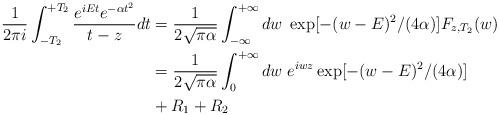
LaTeX: \begin{align*}\frac{1}{2\pi i}\int_{-T_2}^{+T_2}\frac{e^{iEt}e^{-\alpha t^2}}{t-z}dt&=\frac{1}{2\sqrt{\pi \alpha}}\int_{-\infty}^{+\infty}dw\; \exp[-(w-E)^2/(4\alpha)]F_{z,T_2}(w)\\ &=\frac{1}{2\sqrt{\pi \alpha}}\int_0^{+\infty}dw\; e^{iwz}\exp[-(w-E)^2/(4\alpha)]\\ &+R_1+R_2\end{align*}